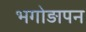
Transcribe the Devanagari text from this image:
भगोड़ापन